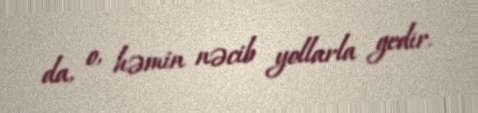
da, o, həmin nəcib yollarla gedir.